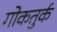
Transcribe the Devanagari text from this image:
गोकतुर्क